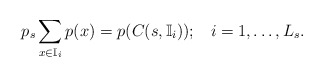
\begin{align*}p_s \sum_{x\in \mathbb{I}_i} p(x) =p( C(s,\mathbb{I}_i));\;\;\; i=1,\ldots, L_s.\end{align*}